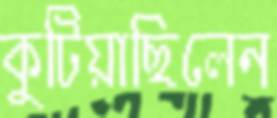
কুটিয়াছিলেন